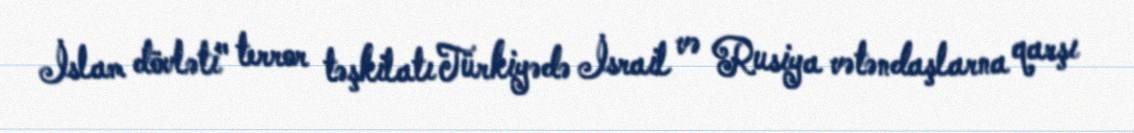
İslam dövləti" terror təşkilatı Türkiyədə İsrail və Rusiya vətəndaşlarna qarşı